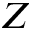
Z